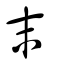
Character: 末